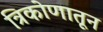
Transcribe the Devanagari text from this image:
त्रिकोणातून